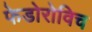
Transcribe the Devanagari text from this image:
फेडोरोविच